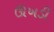
ઊખડી